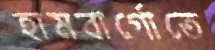
হামবার্গোতে